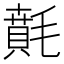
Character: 𣯻